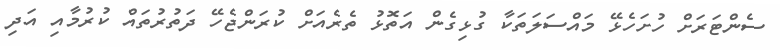
ސެންޓަރަށް ހުށަހެޅޭ މައްސަލަތަކާ ގުޅިގެން އަތޮޅު ތެރެއަށް ކުރަންޖެހޭ ދަތުރުތައް ކުރުމާއި އަދި